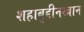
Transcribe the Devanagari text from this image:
शहाबुद्दीनखान